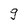
Character: g